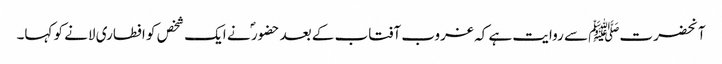
آنحضرتﷺ سے روایت ہے کہ غروب آفتاب کے بعد حضور ؐ نے ایک شخص کو افطاری لانے کو کہا۔